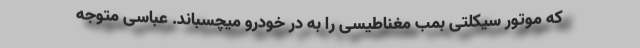
که موتور سیکلتی بمب مغناطیسی را به در خودرو میچسباند. عباسی متوجه